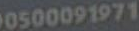
0500091971